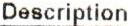
DESCRIPTION